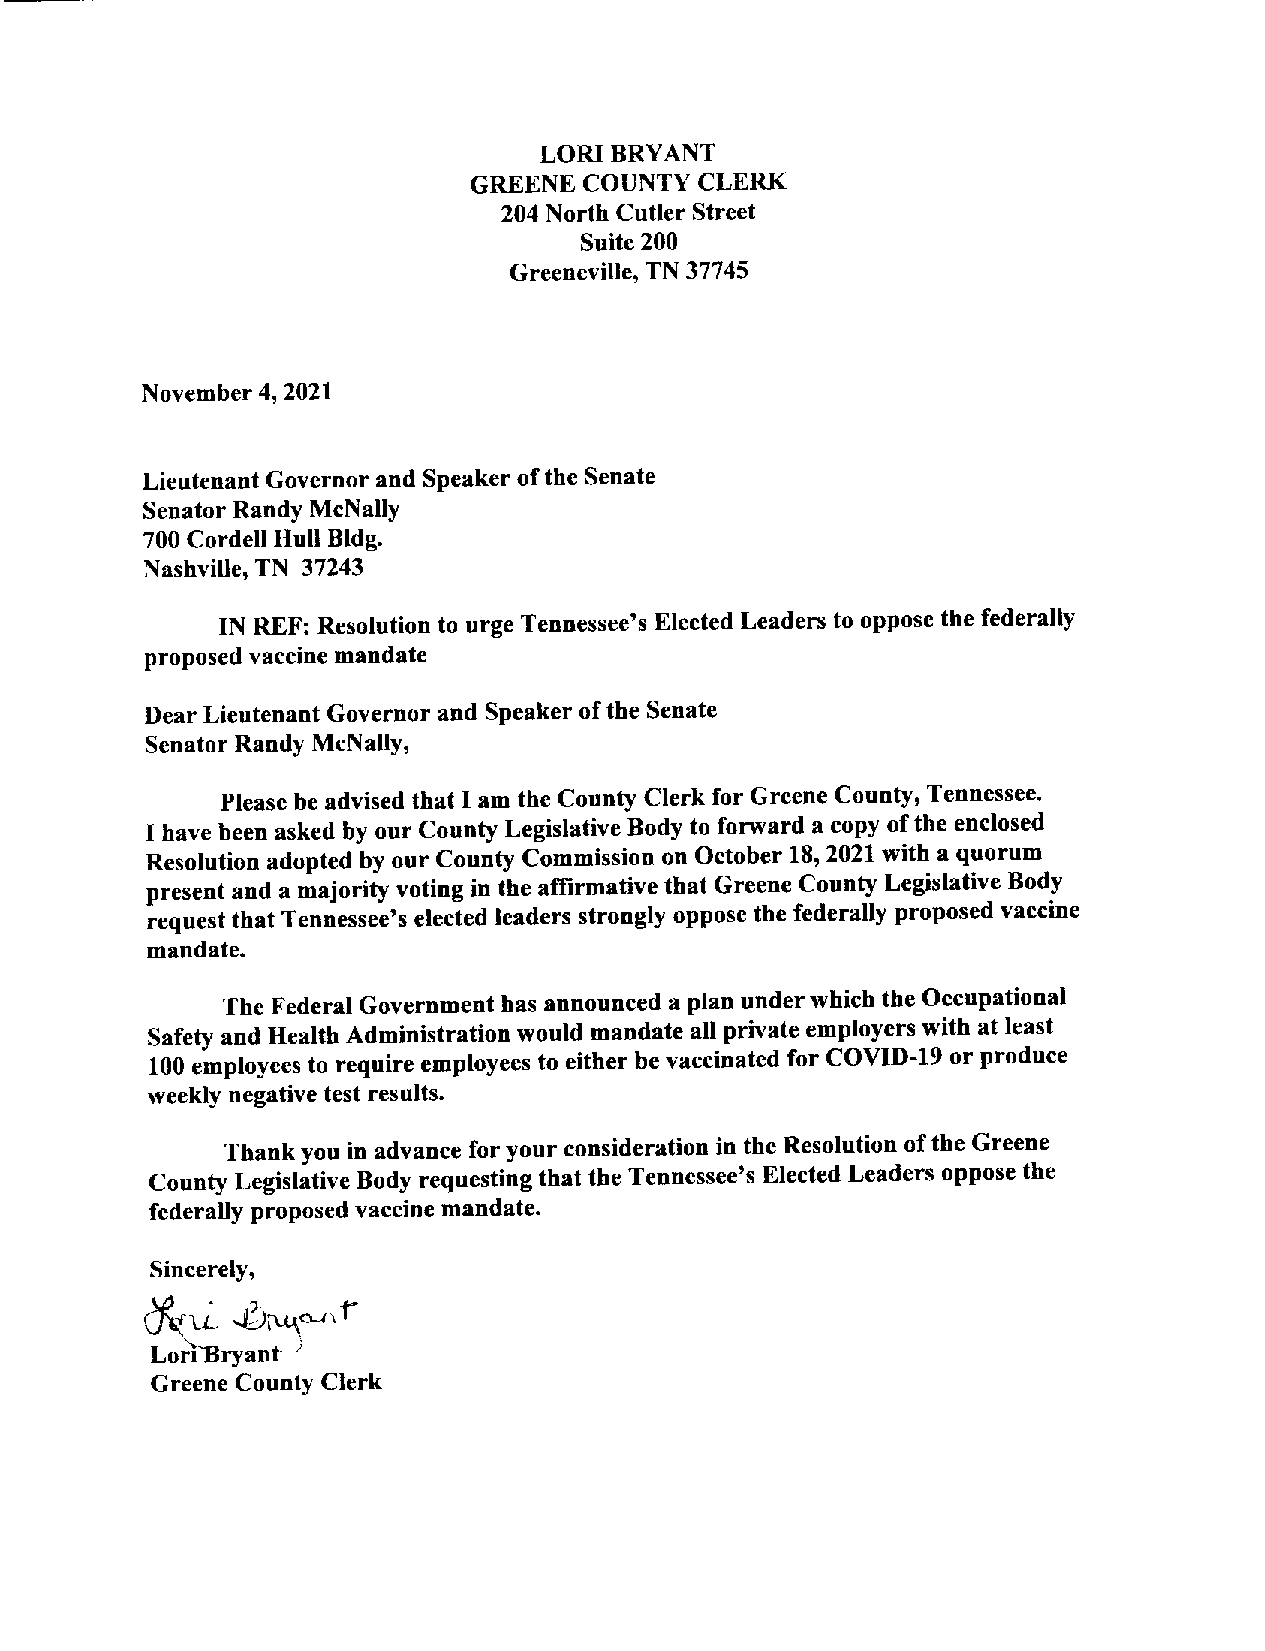
LORI BRYANT
 GREENE  COUNTY CLERK
 204 North Cutler Street
 Suite 200
 Greeneville,TN 37745
 November 4, 2021
 Lieutenant Governor and Speaker ofthe Senate
 Senator Randy McNally
 700 CordellHull Bldg.
 Nashville,TN 37243
 IN REF: Resolution to urge Tennessee’s Elected Leadersto oppose the federally
 proposed vaccinemandate
 Dear Lieutenant Governor and Speaker oftheSenate
 Senator Randy McNally,
 Please be advised that I am the County Clerkfor Greene County, Tennessee.
 I have been asked by our County Legislative Body to forward a copy ofthe enclosed
 Resolution adopted by our County Commission on October 18, 2021 with a quorum
 present and a majority voting in the affirmativethat Greene County Legislative Body
 requestthat Tennessee’s electedleaders strongly opposethe federally proposed vaccine
 mandate.
 The Federal Government has announced a plan underwhich theOccupational
 Safety and Health Administration would mandate all privateemployers with at least
 100 employees to require employees to either be vaccinated for COVID-19or produce
 weekly negative testresults.
 Thankyou in advance foryour consideration in the Resolution ofthe Greene
 County LegislativeBody requestingthat the Tennessee’s Elected Leaders opposethe
 federally proposed vaccine mandate.
 Sincerely,
 L ~
 LoriBryant
 Greene County Clerk